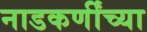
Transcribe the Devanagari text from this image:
नाडकर्णींच्या